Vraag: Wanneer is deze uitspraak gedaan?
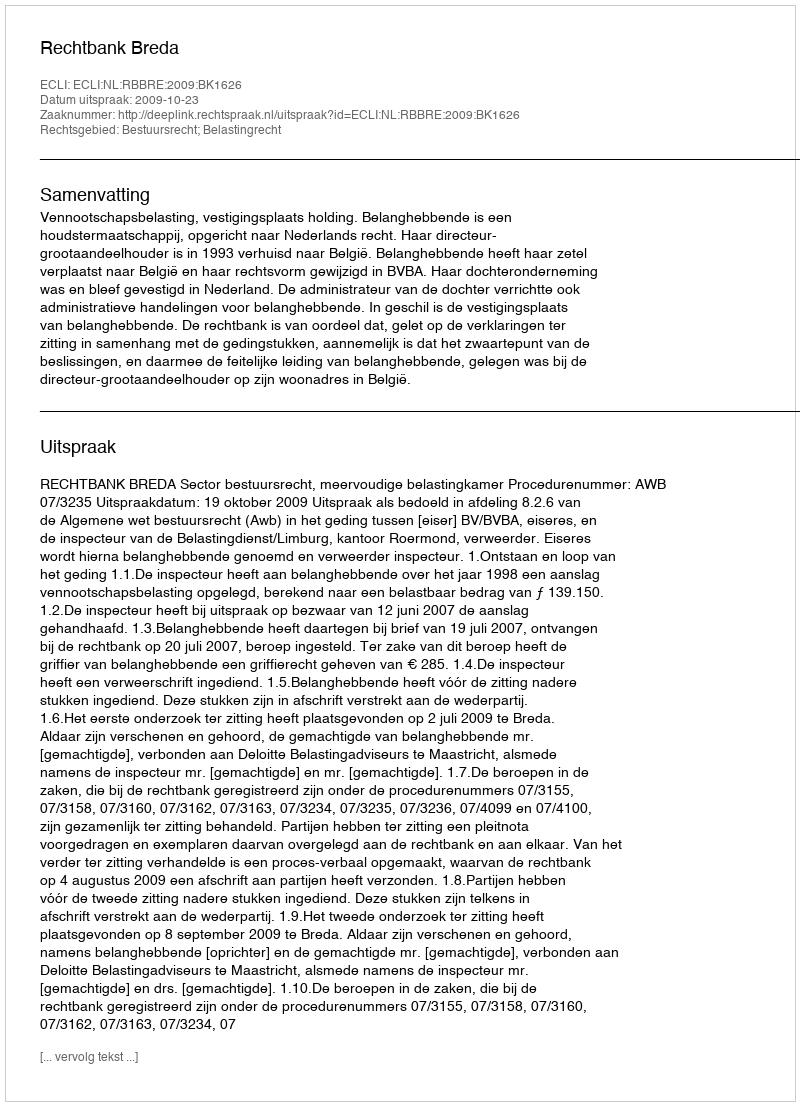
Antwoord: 2009-10-23